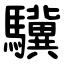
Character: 驥